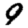
Digit: 9